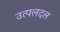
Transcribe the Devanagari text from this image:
उत्पलदल